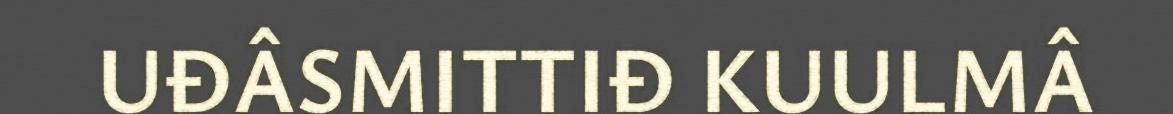
UĐÂSMITTIĐ KUULMÂ